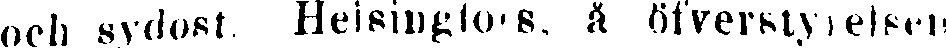
och sydost. Helsingfors, å öfverstyrelsen